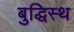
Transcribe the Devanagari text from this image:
बुद्धिस्थ